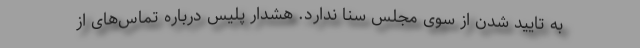
به تایید شدن از سوی مجلس سنا ندارد. هشدار پلیس درباره تماس‌های از